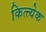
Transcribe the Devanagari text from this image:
कित्त्येक